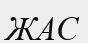
ЖАС